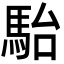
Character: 駘